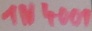
Text: 1N4001